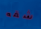
شقه